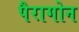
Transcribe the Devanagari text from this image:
पैरागोन